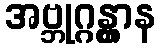
အဗ္ဘုဂ္ဂန္တွာန